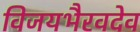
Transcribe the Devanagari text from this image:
विजयभैरवदेव